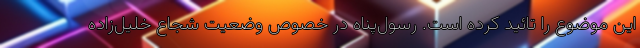
این موضوع را تائید کرده است. رسول‌پناه در خصوص وضعیت شجاع خلیل‌زاده